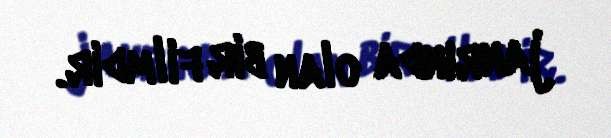
janrında olan bir filmdir.